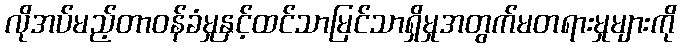
လိုအပ်မည့်တာဝန်ခံမှုနှင့်ထင်သာမြင်သာရှိမှုအတွက်မတရားမှုများကို